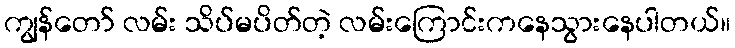
ကျွန်တော် လမ်း သိပ်မပိတ်တဲ့ လမ်းကြောင်းကနေသွားနေပါတယ်။